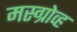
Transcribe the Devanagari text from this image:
मस्ग्रोव्ह